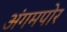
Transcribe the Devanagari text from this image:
अंगमपोर